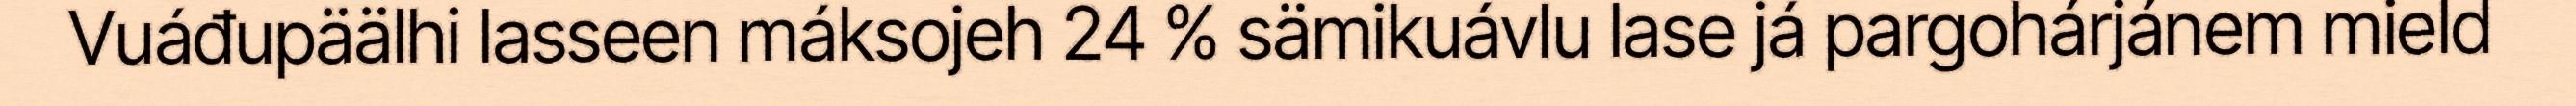
Vuáđupäälhi lasseen máksojeh 24 % sämikuávlu lase já pargohárjánem mield